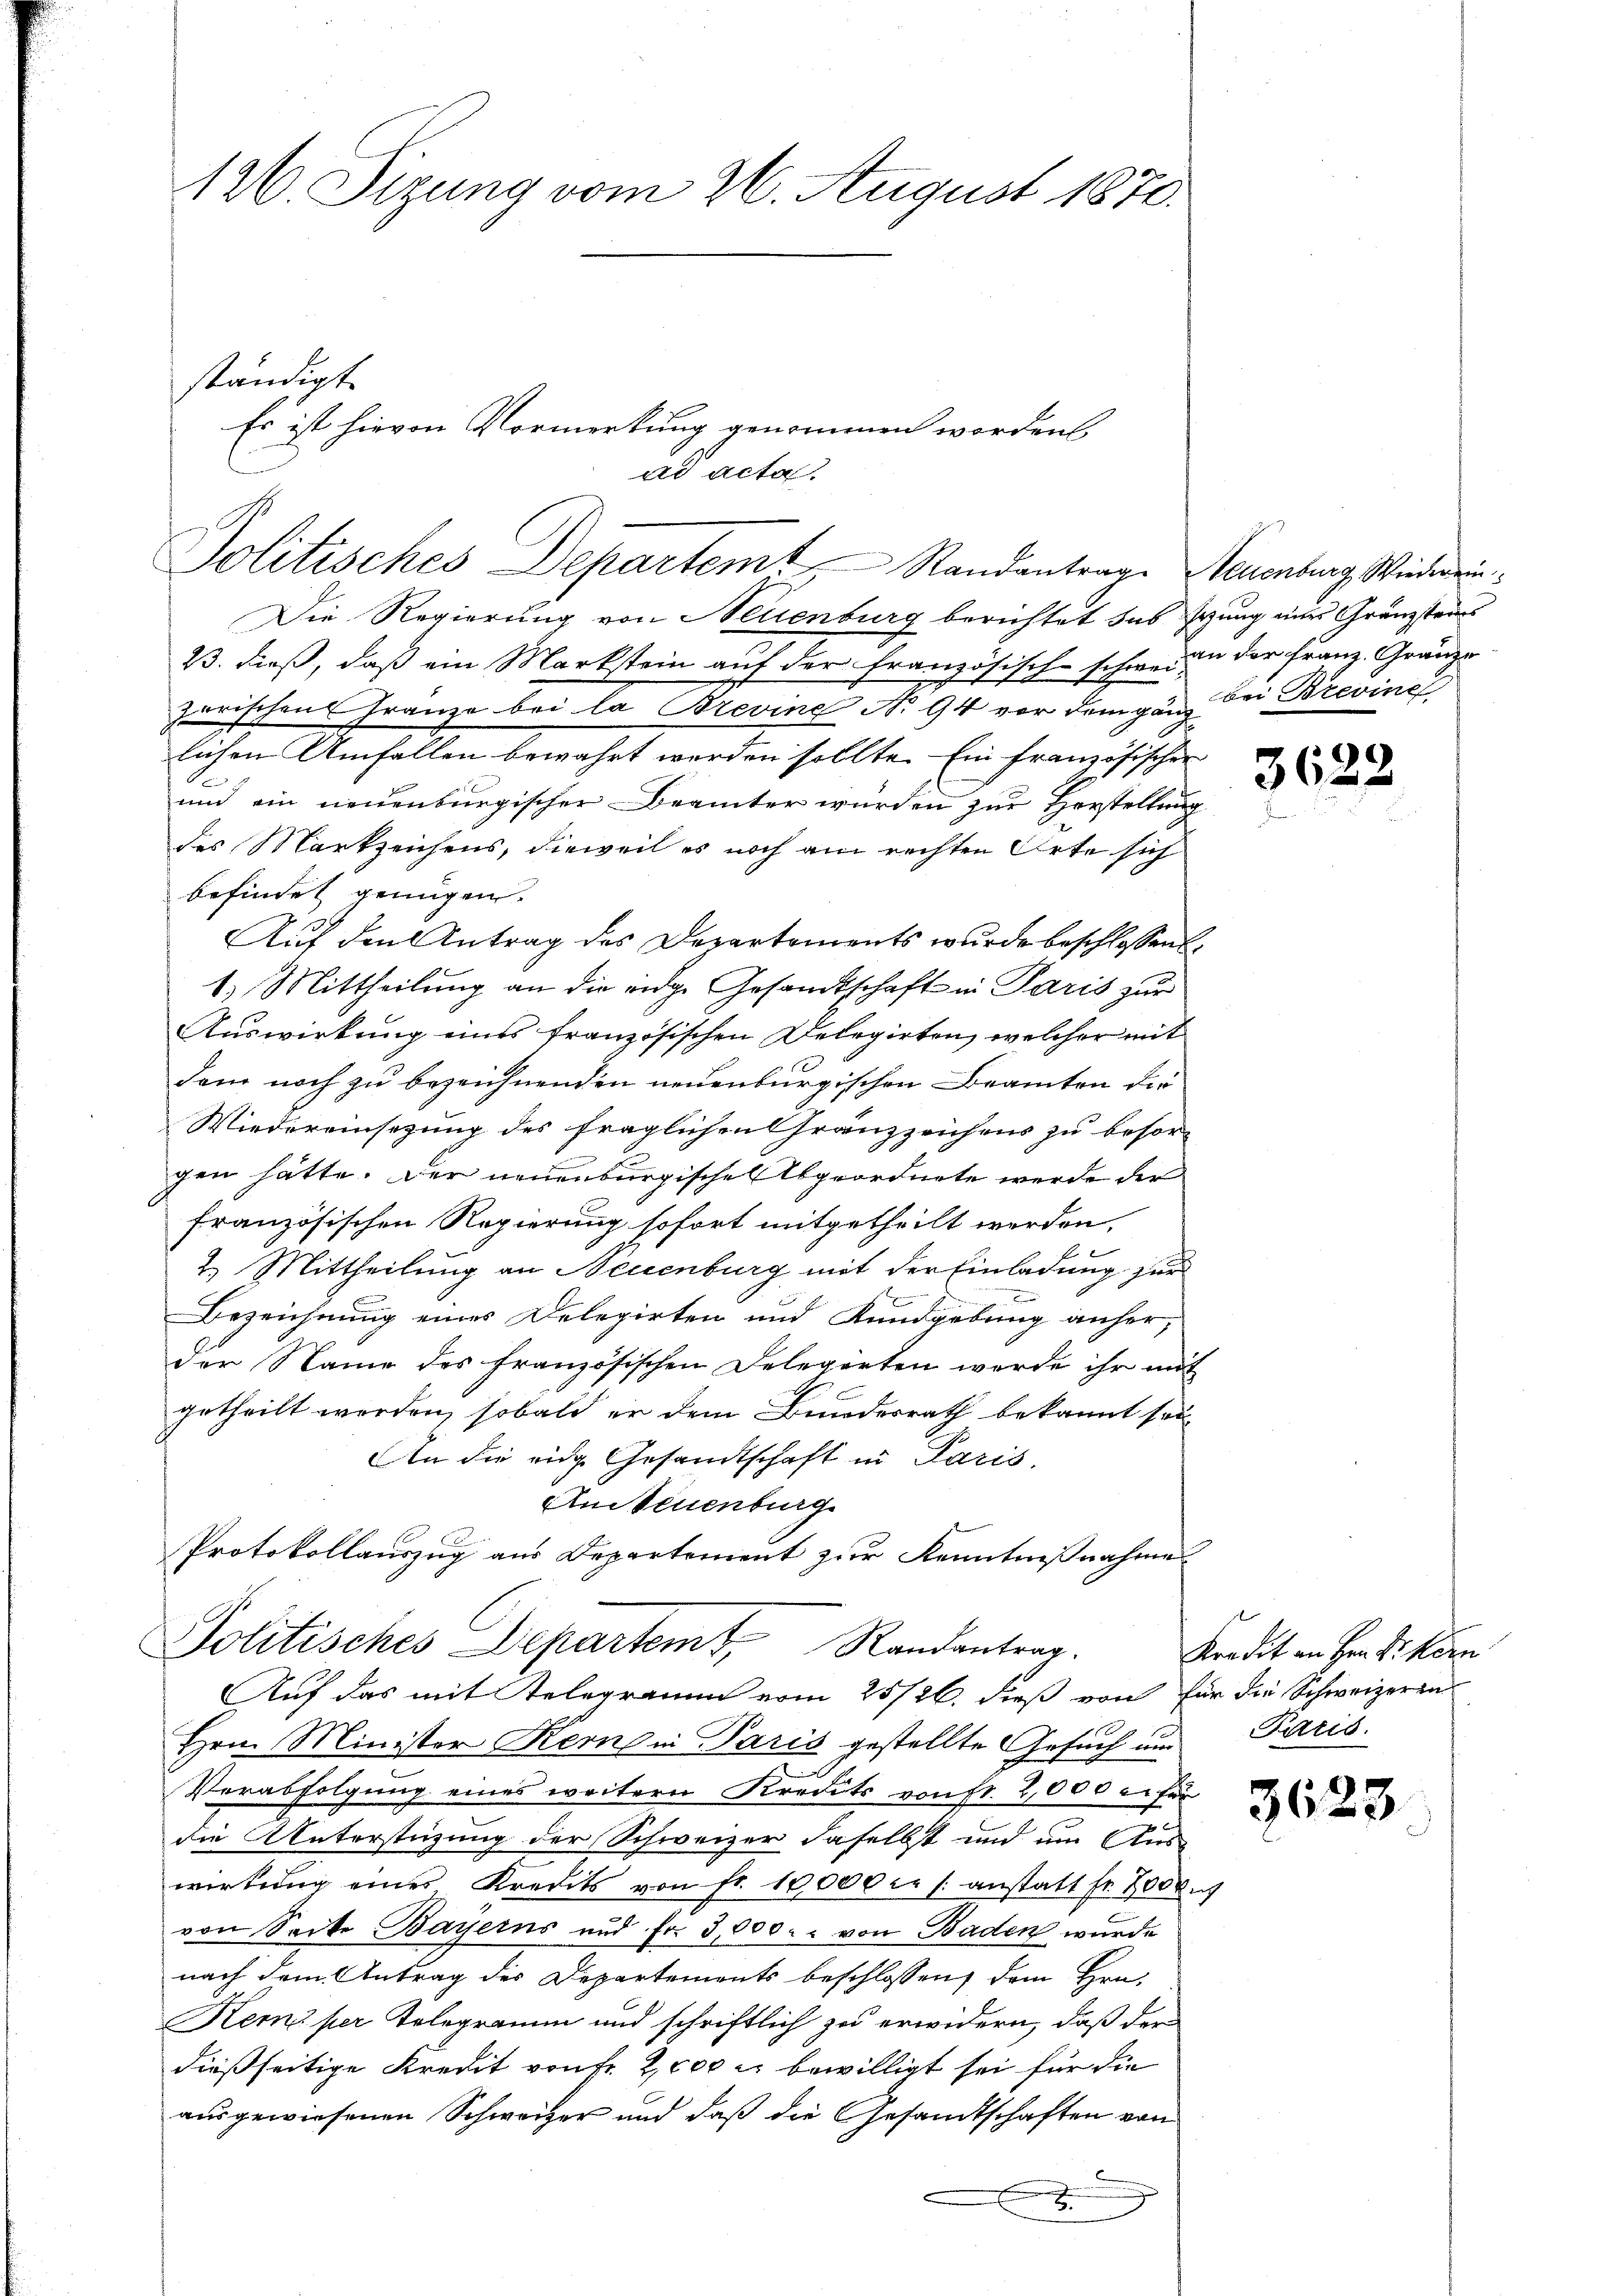
126. Sizung vom 26. August 1870.

ständigt.
Es ist hievon Vormerkung genommen worden
ad acta

Solitisches Departemt Standantrage Neuenburg Widerrin

Die Regierung von Neuenburg berichtet das schung eines Granzsteurs
23. dieß, daß ein Markstein auf der Französisch-schweren der Franz. Gränze
zarischen Franze bei la Brevine No 94 vor dem ganz bei Brevine
lichen Umfallen bewahrt werden sollte. Ein französischen
und ein neuenburgischer Beamter wurden zur Herstellung
des Markzeichens, dieweil es noch am rechten Orte sich
befindet genügen.
Auf den Antrag des Departements wurde beschlossen,
1) Mittheilung an die eidge Gesandtschaft in Paris zur
Auswirkung eines französischen Delegirten, welcher mit
dann noch zu bezeichnenden neuenburgischen Beamten die
Wiedereinsezung des fraglichen Gränzzeichens zu besor- |
gen hätte. Der neuenburgische Abgeordnete werde der
französischen Regierung sofort mitgetheilt werden,
2.) Mittheilung an Neuenburg mit der Einladung für
Bezeichnung eines Delegirten und Kundgebung anher,
der Name des französischen Delegirten werde ihr mit
getheilt werden, sobald er dem Bundesrath bekannt sei
An die eine Gesandtschaft in Paris,
AnNeuenburg
Protokollauszug aus Departement zur Kenntnißnahme
Politisches Departemt, Randantrag.
Auf das mit Relegramm vom 25/26. dieß von für die Schweizerra
Hrn. Minister Kempan Paris gestellte Gesuch und Paris.
Verabfolgung eines weitern Kredits von fr. 2,000 l. für
die Unterstüzung der Schweizer daselbst und um Aus-
wirkung eines Kredits von fr. 10000 r. s. anstatt fr. 7000
von Seite Bayerns und Fr. 3,000. von Baden wurde
nach dem Antrag des Departements beschlossen, dem Hrn.
Kemz per Telegramm und schriftlich zu erwidern, daß der
dießseitige Kredit von Fr. 2,000 l. bewilligt sei für die
ausgewiesenen Schweizer und daß die Gesandtschaften von
2

3622

Kredit an Hrn. F. Korn

3628